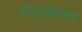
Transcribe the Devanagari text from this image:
स्त्रियांकरता